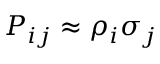
P _ { i j } \approx \rho _ { i } \sigma _ { j }